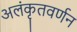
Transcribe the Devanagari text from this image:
अलंकृतवर्णन